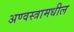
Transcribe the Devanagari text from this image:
अण्वस्त्रामधील